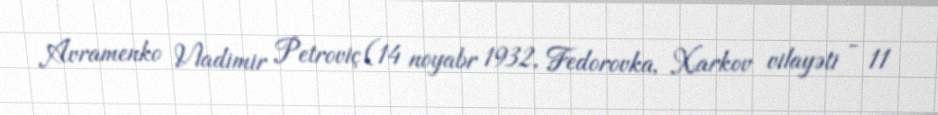
Avramenko Vladimir Petroviç (14 noyabr 1932, Fedorovka, Xarkov vilayəti - 11